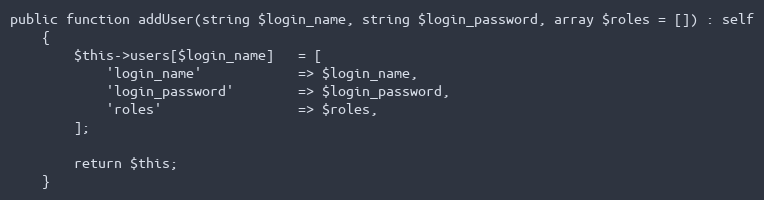
Language: PHP
public function addUser(string $login_name, string $login_password, array $roles = []) : self
    {
        $this->users[$login_name]   = [
            'login_name'            => $login_name,
            'login_password'        => $login_password,
            'roles'                 => $roles,
        ];

        return $this;
    }